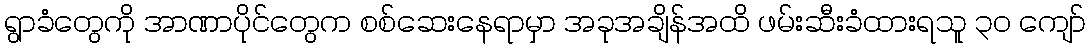
ရွာခံတွေကို အာဏာပိုင်တွေက စစ်ဆေးနေရာမှာ အခုအချိန်အထိ ဖမ်းဆီးခံထားရသူ ၃၀ ကျော်